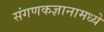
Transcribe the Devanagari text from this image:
संगणकज्ञानामध्ये